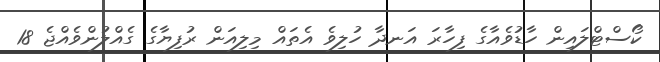
ކޯސްޓްލައިން ހާޑުވެއާގެ ފިހާރަ އަނދާ ހުލިވެ އެތައް މިލިއަން ރުފިޔާގެ ގެއްލުންވެއްޖެ 18